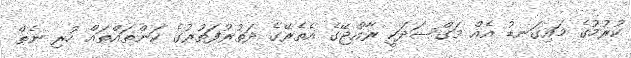
ކުރުމުގެ މައިގަނޑު އެއް މަގްސަދަކީ ރާއްޖޭގެ އެތެރޭގެ ދަތުރުފަތުރުގެ ކަންތައްތައް ހުރި ނެތް